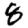
Digit: 8